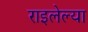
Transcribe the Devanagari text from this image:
राइलेल्या